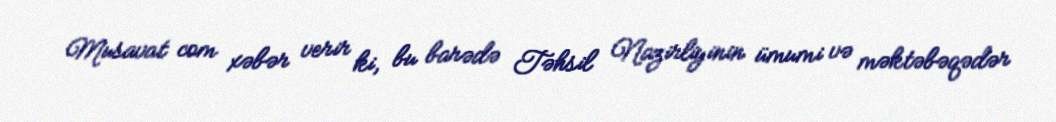
Musavat com xəbər verir ki, bu barədə Təhsil Nazirliyinin ümumi və məktəbəqədər